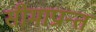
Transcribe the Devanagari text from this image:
सीमाप्रान्त